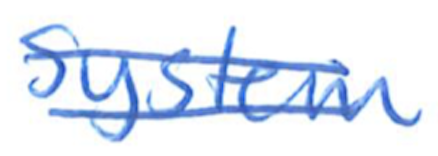
Text: System
Cross-out: mix
Writing tool: ballpoint